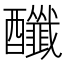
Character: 䤘